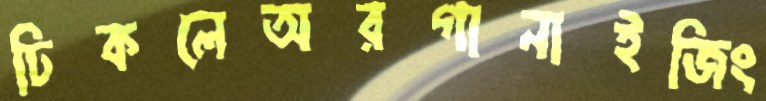
ঢিকলেঅরগানাইজিং